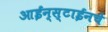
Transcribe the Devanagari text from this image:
आईन्स्टाईनचे